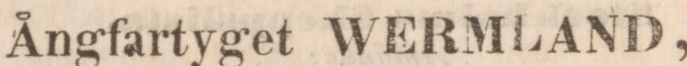
Ångfartyget WERMLAND,